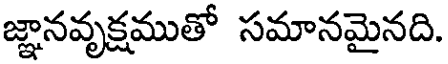
జ్ఞానవృక్షముతో సమానమైనది.